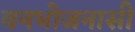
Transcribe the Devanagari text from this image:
वनभोजनासी